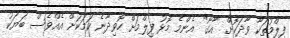
ފިލްމުތަކާ ވާދަކޮށް "އާގޯ" އެންމެ މޮޅު ފިލްމަށް ހޮވިދާނެ ކަމަކަށް އެއްވެސް ބަޔަކު